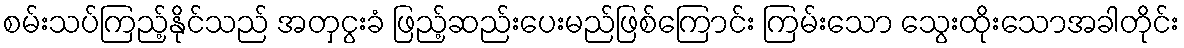
စမ်းသပ်ကြည့်နိုင်သည် အတှငွးခံ ဖြည့်ဆည်းပေးမည်ဖြစ်ကြောင်း ကြမ်းသော သွေးထိုးသောအခါတိုင်း